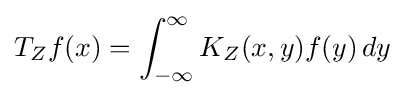
T_{Z}f(x)=\int _{-\infty }^{\infty }K_{Z}(x,y)f(y)\,dy